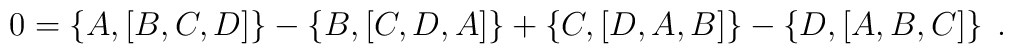
0=\left\{  A,\left[  B,C,D\right]  \right\}  -\left\{  B,\left[  C,D,A\right]\right\}  +\left\{  C,\left[  D,A,B\right]  \right\}  -\left\{  D,\left[A,B,C\right]  \right\}  \;.